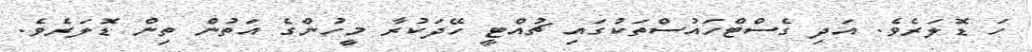
ހަ ޑޮލަރެވެ. އަދި ގެސްޓްހައުސްތަކުގައި ޗުއްޓީ ހޭދަކުރާ މީހުންގެ އަތުން ތިން ޑޮލަރެވެ.